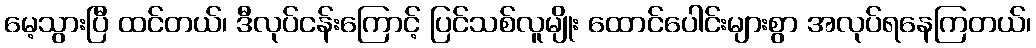
မေ့သွားပြီ ထင်တယ်၊ ဒီလုပ်ငန်းကြောင့် ပြင်သစ်လူမျိုး ထောင်ပေါင်းများစွာ အလုပ်ရနေကြတယ်၊